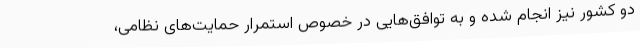
دو کشور نیز انجام شده و به توافق‌هایی در خصوص استمرار حمایت‌های نظامی،